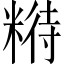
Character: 𱹑